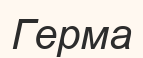
Герма